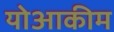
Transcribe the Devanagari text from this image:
योआकीम